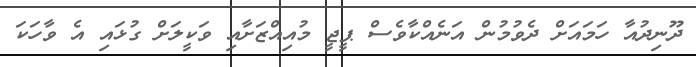
ދޫނިދުއާ ހަމައަށް ދެވުމުން އަނެއްކާވެސް ޕީޖީ މުއިއްޒަށާއި ވަކީލަށް ގުޅައި އެ ވާހަކަ